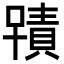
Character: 𭋂